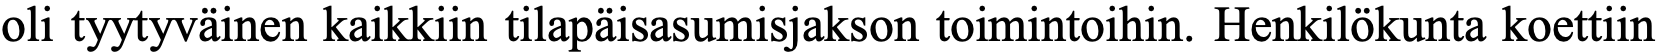
oli tyytyväinen kaikkiin tilapäisasumisjakson toimintoihin. Henkilökunta koettiin